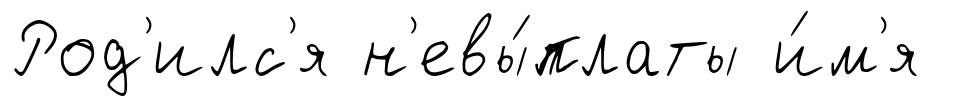
Род'илс'я н'евы́платы и́м'я